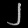
Digit: ၂